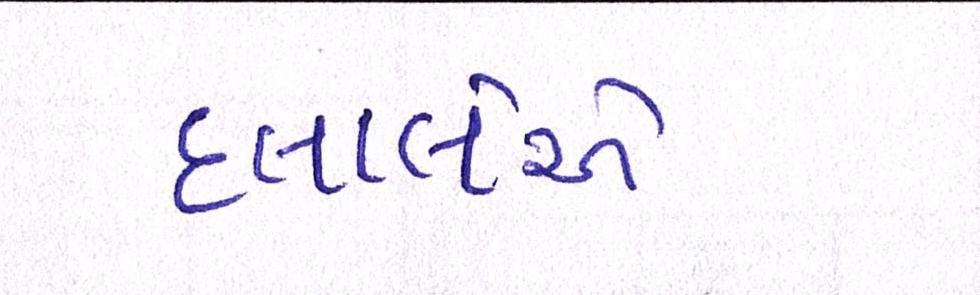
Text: દલાલોએ